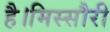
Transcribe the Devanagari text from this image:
है।मिस्सौरी